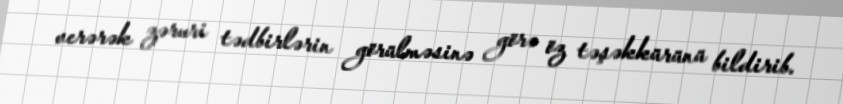
verərək zəruri tədbirlərin görülməsinə görə öz təşəkkürünü bildirib.